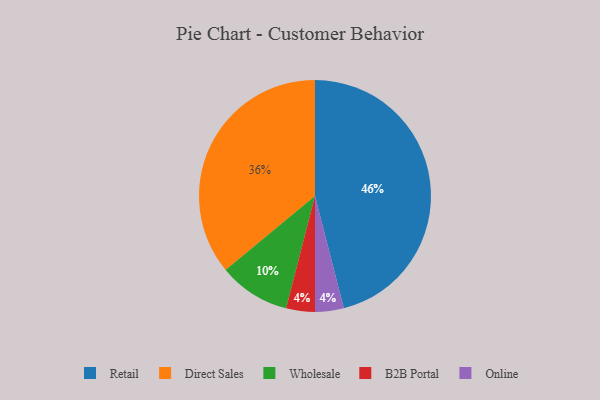
{"axis": {"x": "Category", "y": "Percentage"}, "legend": ["B2B Portal", "Direct Sales", "Online", "Retail", "Wholesale"], "data": [{"x": "B2B Portal", "y": 4, "type": "B2B Portal"}, {"x": "Direct Sales", "y": 36, "type": "Direct Sales"}, {"x": "Retail", "y": 46, "type": "Retail"}, {"x": "Online", "y": 4, "type": "Online"}, {"x": "Wholesale", "y": 10, "type": "Wholesale"}]}